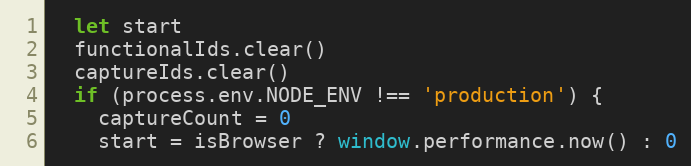
Language: JavaScript
  let start
  functionalIds.clear()
  captureIds.clear()
  if (process.env.NODE_ENV !== 'production') {
    captureCount = 0
    start = isBrowser ? window.performance.now() : 0